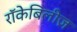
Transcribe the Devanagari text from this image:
रॉकेबिलीज़